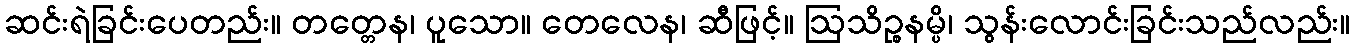
ဆင်းရဲခြင်းပေတည်း။ တတ္တေန၊ ပူသော။ တေလေန၊ ဆီဖြင့်။ ဩသိဉ္စနမ္ပိ၊ သွန်းလောင်းခြင်းသည်လည်း။